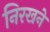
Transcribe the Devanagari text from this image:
निरखने